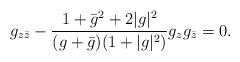
LaTeX: \begin{align*}g_{z\bar z}-\frac{1+\bar g^2+2|g|^2}{(g+\bar g)(1+|g|^2)}g_zg_{\bar z}=0.\end{align*}